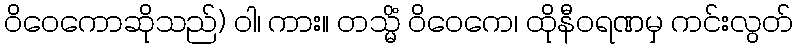
ဝိဝေကောဆိုသည်) ဝါ၊ ကား။ တသ္မိံ ဝိဝေကေ၊ ထိုနီဝရဏမှ ကင်းလွတ်